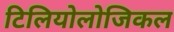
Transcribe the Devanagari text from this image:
टिलियोलोजिकल